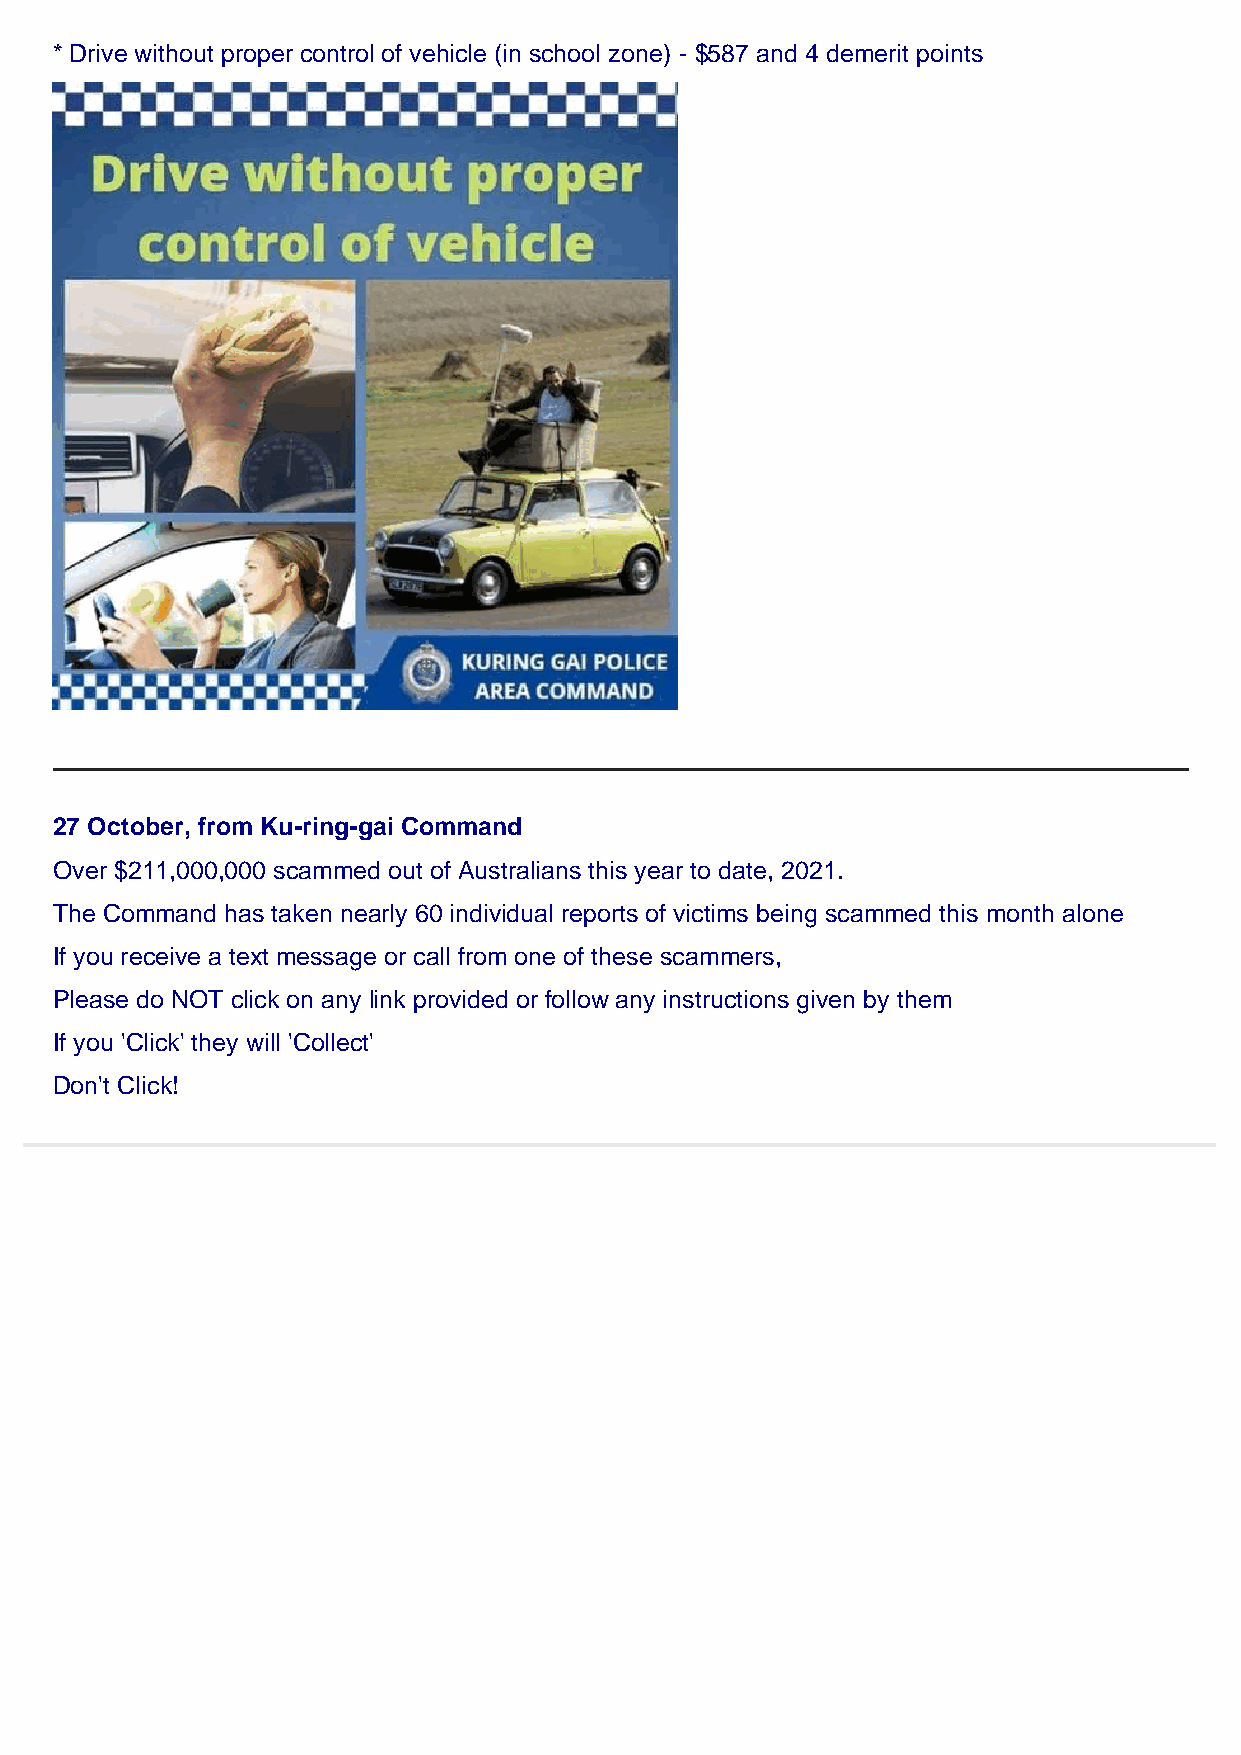
* Drive without proper control of vehicle (in school zone) - $587 and 4 demerit points
 27 October, from Ku-ring-gai Command
 Over $211,000,000 scammed out of Australians this year to date, 2021.
 The Command has taken nearly 60 individual reports of victims being scammed this month alone
 If you receive a text message or call from one of these scammers,
 Please do NOT click on any link provided or follow any instructions given by them
 If you 'Click' they will 'Collect'
 Don't Click!